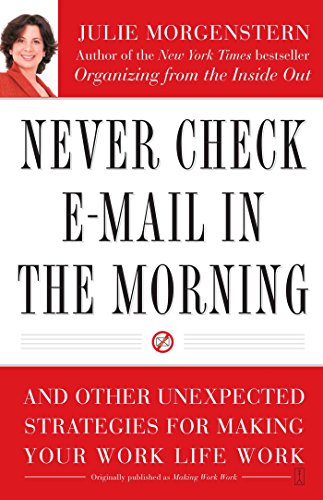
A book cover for Never Check E-Mail In the Morning: And Other Unexpected Strategies for Making Your Work Life Work; Julie Morgenstern; Computers & Technology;